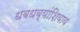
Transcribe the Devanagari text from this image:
धबधब्यांशिवाय